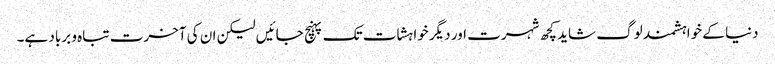
دنیا کے خواہشمند لوگ شاید کچھ شہرت اور دیگر خواہشات تک پہنچ جائیں لیکن ان کی آخرت تباہ و برباد ہے۔